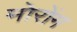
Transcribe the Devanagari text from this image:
मोरोंग